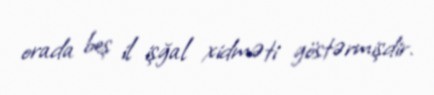
orada beş il işğal xidməti göstərmişdir.